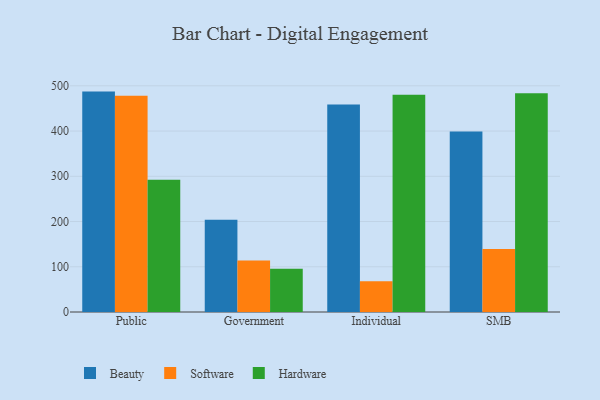
{"axis": {"x": "Segment", "y": "Market Share (%)"}, "legend": ["Beauty", "Hardware", "Software"], "data": [{"x": "Public", "y": 487.2, "type": "Beauty"}, {"x": "Public", "y": 478.2, "type": "Software"}, {"x": "Public", "y": 292.5, "type": "Hardware"}, {"x": "Government", "y": 204.0, "type": "Beauty"}, {"x": "Government", "y": 113.7, "type": "Software"}, {"x": "Government", "y": 95.6, "type": "Hardware"}, {"x": "Individual", "y": 458.6, "type": "Beauty"}, {"x": "Individual", "y": 67.9, "type": "Software"}, {"x": "Individual", "y": 480.0, "type": "Hardware"}, {"x": "SMB", "y": 399.0, "type": "Beauty"}, {"x": "SMB", "y": 139.3, "type": "Software"}, {"x": "SMB", "y": 483.3, "type": "Hardware"}]}